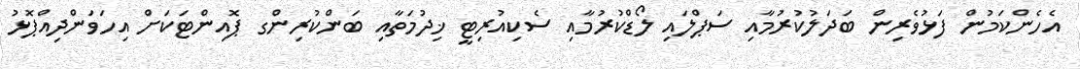
އެހެންކަމުން ފަޅުވެރިން ބަދަލުކުރުމާއި ސަޕްލައި ލޯޑްކުރުމާއި ސެކިއުރިޓީ ޚިދުމަތާއި ބަންކުރިންގ ޕޮއިންޓަކަށް އިހަވަންދިއްޕޮޅު